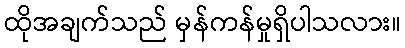
ထိုအချက်သည် မှန်ကန်မှုရှိပါသလား။